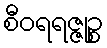
စီဝရရဇ္ဇုဉ္စ